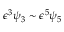
\epsilon ^ { 3 } \psi _ { 3 } \sim \epsilon ^ { 5 } \psi _ { 5 }